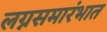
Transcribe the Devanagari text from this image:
लग्नसमारंभात